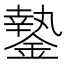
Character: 䥍